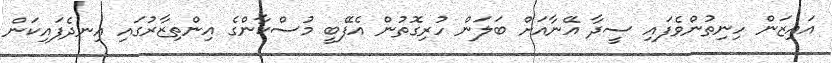
އައިޒަން ހިނިތުންވެފައި ސީދާ އޭނާއަށް ބަލަން ހުރިގޮތުން އެފޭބީ މުސްކާންގެ އިންތިޒާރުގައި އިނދެފައިކަން